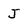
Character: J